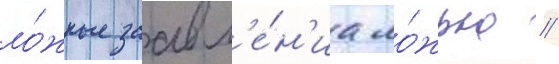
ло́жные заавл'е́н'иа ло́жью //